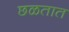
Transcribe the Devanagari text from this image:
छळतात